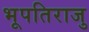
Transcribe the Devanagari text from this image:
भूपतिराजु